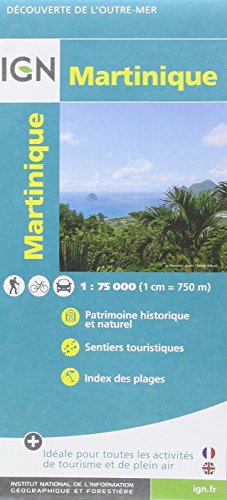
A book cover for Martinique Domtom 2014: IGN84972; Travel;